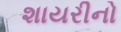
શાયરીનો